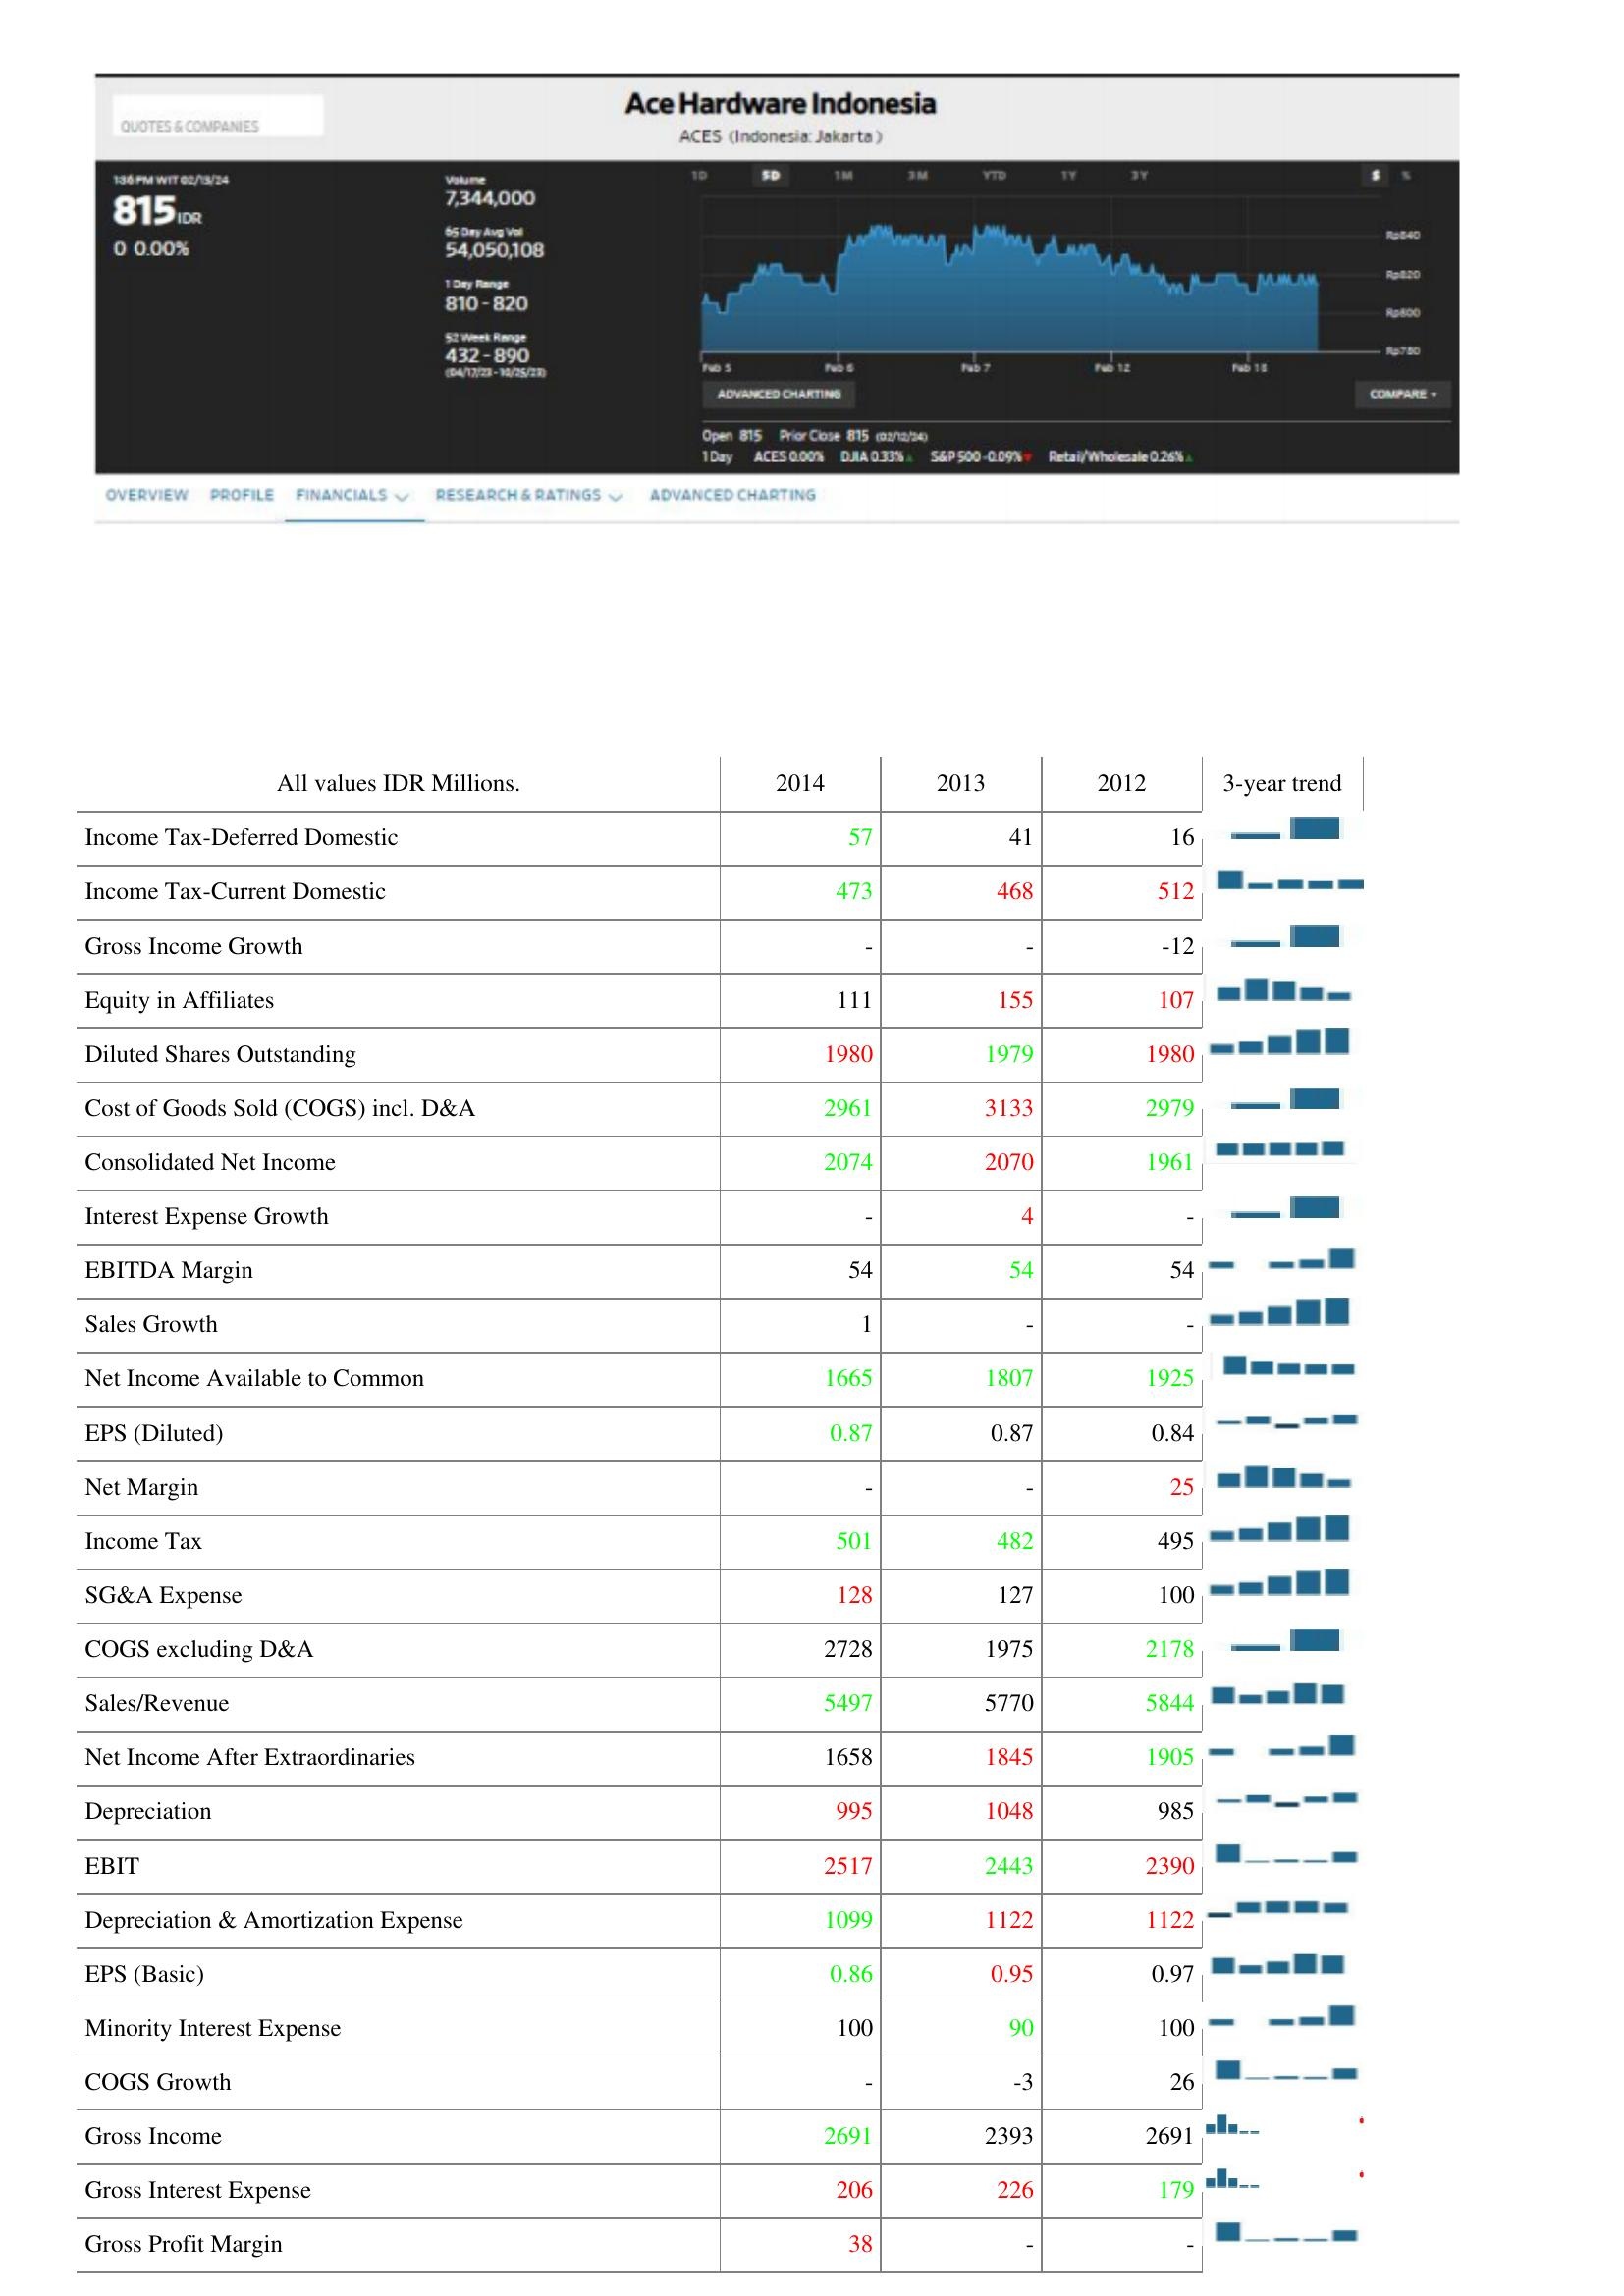
2014: : Income Tax-Deferred Domestic: 57
Income Tax-Current Domestic: 473
Gross Income Growth: -
Equity in Affiliates: 111
Diluted Shares Outstanding: 1980
Cost of Goods Sold (COGS) incl. D&A: 2961
Consolidated Net Income: 2074
Interest Expense Growth: -
EBITDA Margin: 54
Sales Growth: 1
Net Income Available to Common: 1665
EPS (Diluted): 0.87
Net Margin: -
Income Tax: 501
SG&A Expense: 128
COGS excluding D&A: 2728
Sales/Revenue: 5497
Net Income After Extraordinaries: 1658
Depreciation: 995
EBIT: 2517
Depreciation & Amortization Expense: 1099
EPS (Basic): 0.86
Minority Interest Expense: 100
COGS Growth: -
Gross Income: 2691
Gross Interest Expense: 206
Gross Profit Margin: 38
2013: : Income Tax-Deferred Domestic: 41
Income Tax-Current Domestic: 468
Gross Income Growth: -
Equity in Affiliates: 155
Diluted Shares Outstanding: 1979
Cost of Goods Sold (COGS) incl. D&A: 3133
Consolidated Net Income: 2070
Interest Expense Growth: 4
EBITDA Margin: 54
Sales Growth: -
Net Income Available to Common: 1807
EPS (Diluted): 0.87
Net Margin: -
Income Tax: 482
SG&A Expense: 127
COGS excluding D&A: 1975
Sales/Revenue: 5770
Net Income After Extraordinaries: 1845
Depreciation: 1048
EBIT: 2443
Depreciation & Amortization Expense: 1122
EPS (Basic): 0.95
Minority Interest Expense: 90
COGS Growth: -3
Gross Income: 2393
Gross Interest Expense: 226
Gross Profit Margin: -
2012: : Income Tax-Deferred Domestic: 16
Income Tax-Current Domestic: 512
Gross Income Growth: -12
Equity in Affiliates: 107
Diluted Shares Outstanding: 1980
Cost of Goods Sold (COGS) incl. D&A: 2979
Consolidated Net Income: 1961
Interest Expense Growth: -
EBITDA Margin: 54
Sales Growth: -
Net Income Available to Common: 1925
EPS (Diluted): 0.84
Net Margin: 25
Income Tax: 495
SG&A Expense: 100
COGS excluding D&A: 2178
Sales/Revenue: 5844
Net Income After Extraordinaries: 1905
Depreciation: 985
EBIT: 2390
Depreciation & Amortization Expense: 1122
EPS (Basic): 0.97
Minority Interest Expense: 100
COGS Growth: 26
Gross Income: 2691
Gross Interest Expense: 179
Gross Profit Margin: -